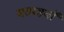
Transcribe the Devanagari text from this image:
सतरहवॉं